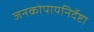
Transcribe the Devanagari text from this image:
जनकोपायनिर्देष्टा